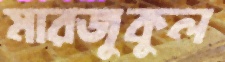
মারজুকুল